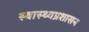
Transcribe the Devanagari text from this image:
स्वास्थ्यप्रशासन